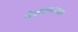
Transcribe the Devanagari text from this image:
वेडपणाच्या